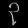
Digit: ၃